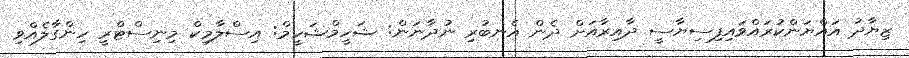
ޒިޔާދު އައްޔަންކުރައްވައިފިސިޔާސީ ދާއިރާއަށް ދެން އެނބުރި ނުދާނަން: ޝަހީމްޝަހީމް: އިސްލާމިކް މިނިސްޓްރީ ހިންގާލެއްވި